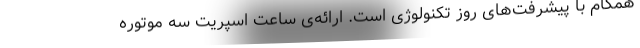
همگام با پیشرفت‌های روز تکنولوژی است. ارائه‌ی ساعت اسپریت سه موتوره